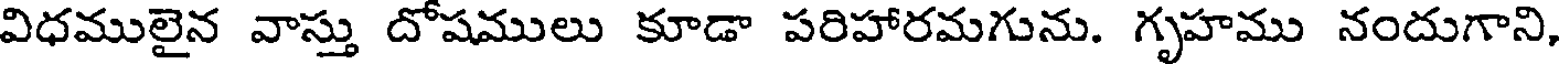
విధములైన వాస్తు దోషములు కూడా పరిహారమగును. గృహము నందుగాని,